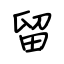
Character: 留